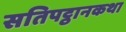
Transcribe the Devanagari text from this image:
सतिपट्ठानकथा